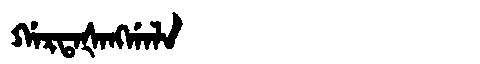
Manchu: ᡤᠠᡵᡨᠠᡧᠠᠩᡤᠠᠯᠠ
Romanization: GARTAŠANGGALA